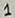
Text: 1